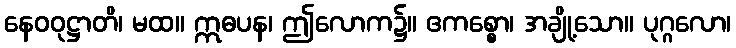
နေဝဝုဋ္ဌာတိ၊ မထ။ ဣဓပန၊ ဤလောက၌။ ဧကစ္စော၊ အချို့သော။ ပုဂ္ဂလော၊